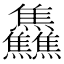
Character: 𱬳